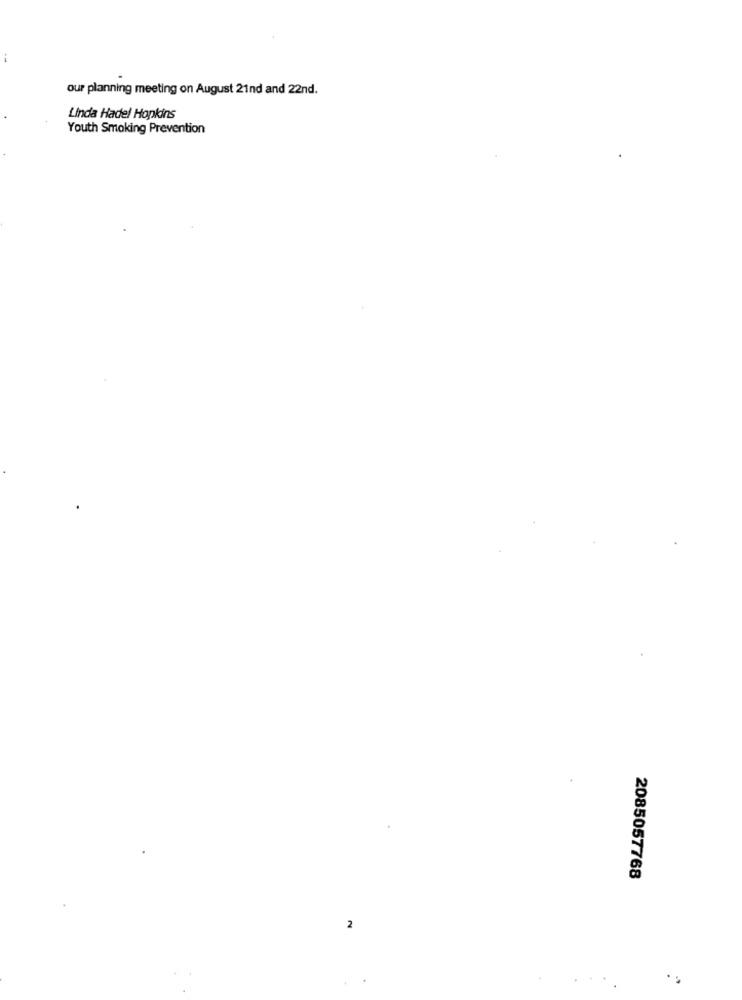
our planning meeting on August 21nd and 22nd.
Linda Hadel Hopkins
Youth Smoking Prevention
2085057768
2